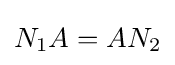
N_{1}A=AN_{2}